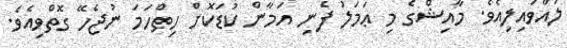
ލައްވައިލިއެވެ. މާއިޝްގެ މި ޢަމަލު ފެނި އަމާން ކުޑަކޮށް ހިތްހަމަ ނުޖެހޭ ގޮތްވިއެވެ.